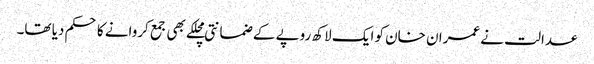
عدالت نے عمران خان کو ایک لاکھ روپے کے ضمانتی مچلکے بھی جمع کروانے کا حکم دیا تھا۔